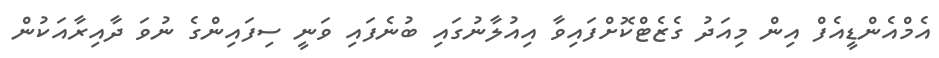
އެމްއެންޑީއެފް އިން މިއަދު ގެޒެޓްކޮށްފައިވާ އިއުލާނުގައި ބުނެފައި ވަނީ ސިފައިންގެ ނުވަ ދާއިރާއަކުން